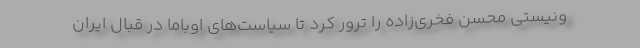
ونیستی محسن فخری‌زاده را ترور کرد تا سیاست‌های اوباما در قبال ایران